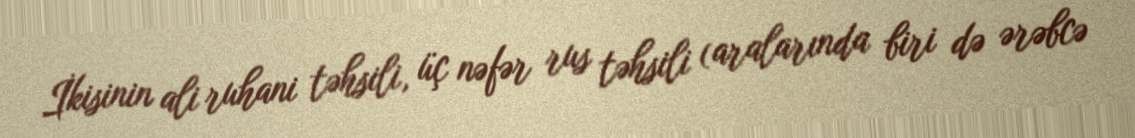
İkisinin ali ruhani təhsili, üç nəfər rus təhsili (aralarında biri də ərəbcə